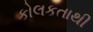
કોલકતાથી